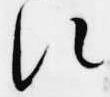
次